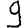
Digit: 9